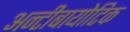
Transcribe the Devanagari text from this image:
अन्टीबायोटिक